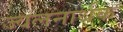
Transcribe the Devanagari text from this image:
ज्वलनार्थक